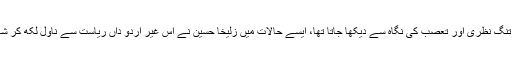
اُردو کو تنگ نظری اور تعصب کی نگاہ سے دیکھا جاتا تھا، ایسے حالات میں زُلیخا حُسین نے اس غیر اُردو داں ریاست سے ناول لکھ کر شائع کیے۔